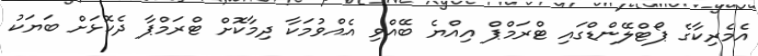
އެމެރިކާގެ ޕޯޓްލޭންޑްގައި ޓްރަމްޕް އިއްޔެ ބޭއްވި އެއްވުމަކާ ދިމާކޮށް ޓްރަމްޕާ ދެކޮޅަށް ބަޔަކު